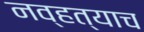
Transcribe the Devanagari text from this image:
नव्हत्याच